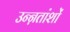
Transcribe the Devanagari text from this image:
उन्ऩतांशों